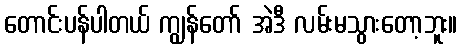
တောင်းပန်ပါတယ် ကျွန်တော် အဲဒီ လမ်းမသွားတော့ဘူး။